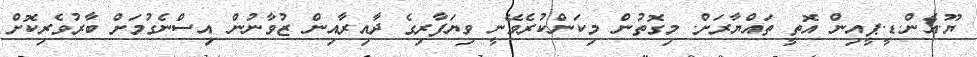
ޔޫ.އެން.ޑީ.ޕީއިން އޮތީ ތައްޔާރަށް. މިގޮތުން މިކަންކުރެވޭނީ ވިޔަފާރިގެ ދާއިރާއިން ޒުވާނުން އިސްނެގުމަށް ބާރުވެރިކޮށް